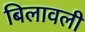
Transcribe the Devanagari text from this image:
बिलावली